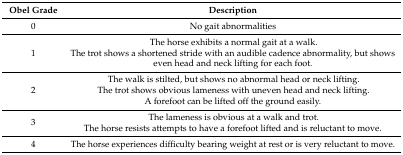
| Obel Grade | Description |
 | --- | --- |
 | 0 | No gait abnormalities |
 | 1 | The horse exhibits a normal gait at a walk. The trot shows a shortened stride with an audible cadence abnormality, but shows even head and neck lifting for each foot. |
 | 2 | The walk is stilted, but shows no abnormal head or neck lifting. The trot shows obvious lameness with uneven head and neck lifting. A forefoot can be lifted off the ground easily. |
 | 3 | The lameness is obvious at a walk and trot. The horse resists attempts to have a forefoot lifted and is reluctant to move. |
 | 4 | The horse experiences difficulty bearing weight at rest or is very reluctant to move. |